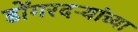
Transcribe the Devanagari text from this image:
डोंगरदऱ्यांच्या